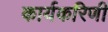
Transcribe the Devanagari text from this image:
कार्यकरिणी